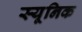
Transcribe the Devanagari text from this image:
स्यूनिक